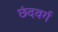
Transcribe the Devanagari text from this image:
छंदवर्ग